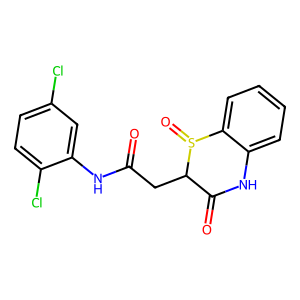
SMILES: O=C(CC1C(=O)Nc2ccccc2S1=O)Nc1cc(Cl)ccc1Cl
Inhibits HIV replication: No